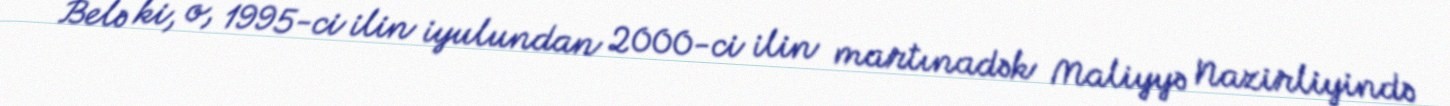
Belə ki, o, 1995-ci ilin iyulundan 2000-ci ilin martınadək Maliyyə Nazirliyində